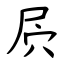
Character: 屄